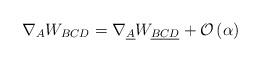
LaTeX: \begin{align*}\nabla_A W_{BCD}= \nabla_{\underline{A}} W_{\underline{B} \underline{C} \underline{D}} + {\cal O}\left( \alpha\right)\end{align*}